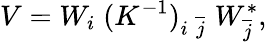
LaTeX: V=W_{i}\; (K^{-1})_{i\; \overline{{{j}}}}\; W_{\overline{{{j}}}}^{*},